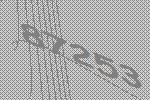
87253